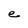
Character: e